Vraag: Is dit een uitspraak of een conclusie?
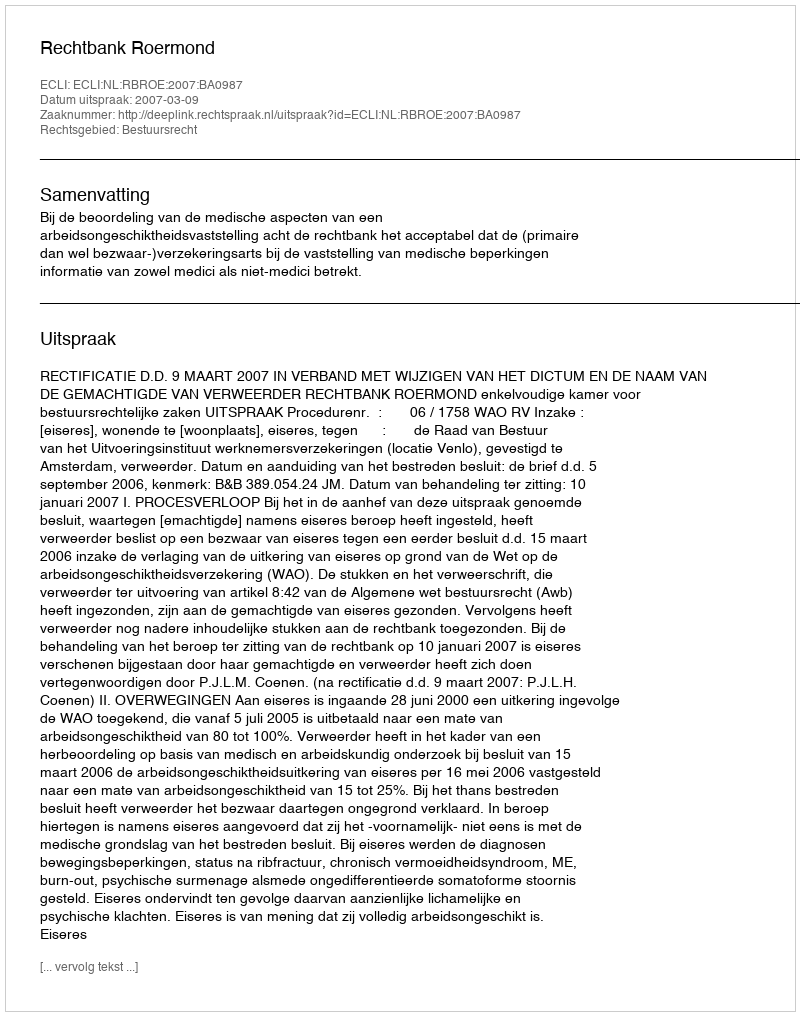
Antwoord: Uitspraak